Indian journal of veterinary science and animal husbandry - Volumes 15-17, 1948-1951
Year: 1948
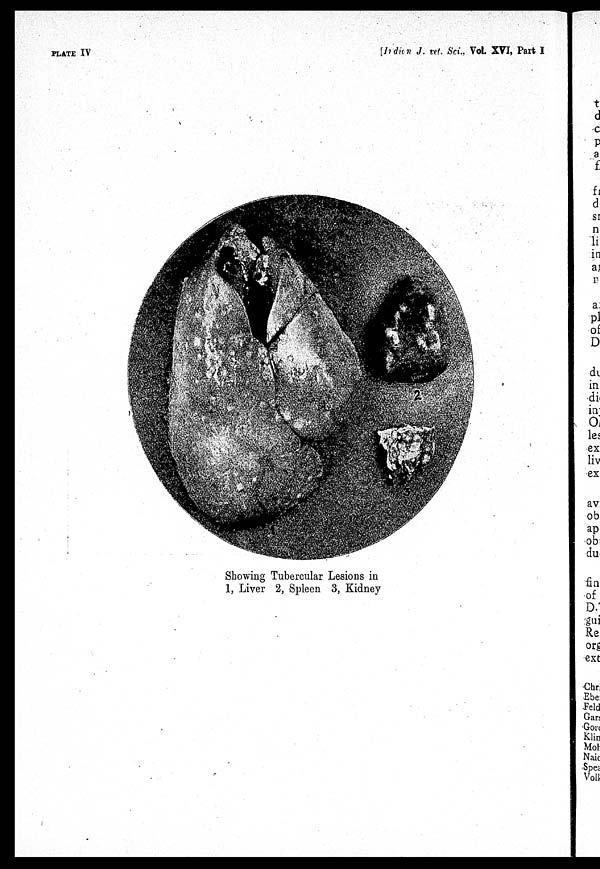
PLATE IV
[Indian J. vet. Sci., Vol. XVI, Part I
Showing Tubercular Lesions in
1, Liver 2, Spleen 3, Kidney